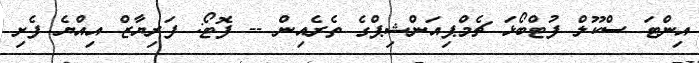
އިންޓަ ސްކޫލް ފުޓްބޯޅަ ޗެމްޕިއަންޝިޕްގެ ތެރެއިން -- ފޮޓޯ: ފަރިޔާޒް އިއްޔެ ފެށި